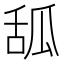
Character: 𦧔